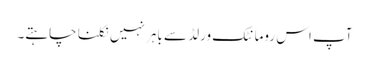
آپ اس رومانٹک ورلڈ سے باہر نہیں نکلنا چاہتے۔